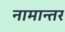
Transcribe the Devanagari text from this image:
नामान्तर